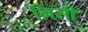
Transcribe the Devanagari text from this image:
भिसी